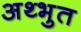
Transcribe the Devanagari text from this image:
अथ्भुत